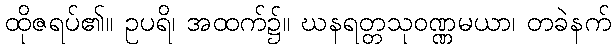
ထိုဇရပ်၏။ ဥပရိ၊ အထက်၌။ ဃနရတ္တသုဝဏ္ဏမယာ၊ တခဲနက်